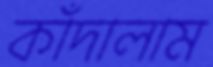
কাঁদালাম